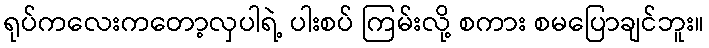
ရုပ်ကလေးကတော့လှပါရဲ့ ပါးစပ် ကြမ်းလို့ စကား စမပြောချင်ဘူး။